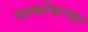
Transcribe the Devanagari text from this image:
म्हस्कोबाच्या